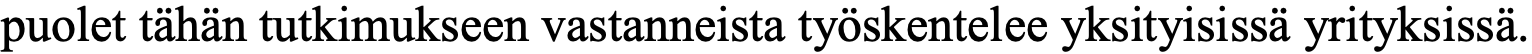
puolet tähän tutkimukseen vastanneista työskentelee yksityisissä yrityksissä.